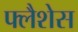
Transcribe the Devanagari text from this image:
फ्लैशेस